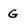
Character: G